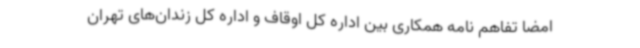
امضا تفاهم نامه همکاری بین اداره کل اوقاف و اداره کل زندان‌های تهران